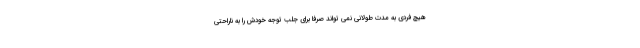
هیچ فردی به مدت طولانی نمی تواند صرفا برای جلب توجه خودش را به ناراحتی